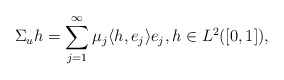
\begin{align*}\Sigma _u h = \sum _{j=1} ^\infty { \mu _j \langle h, e_j \rangle e_j, h \in L^2([0,1])}, \end{align*}